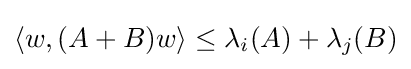
{\textstyle \langle w,(A+B)w\rangle \leq \lambda _{i}(A)+\lambda _{j}(B)}